Indian journal of veterinary science and animal husbandry - Volumes 26-27, 1956-1957
Year: 1956
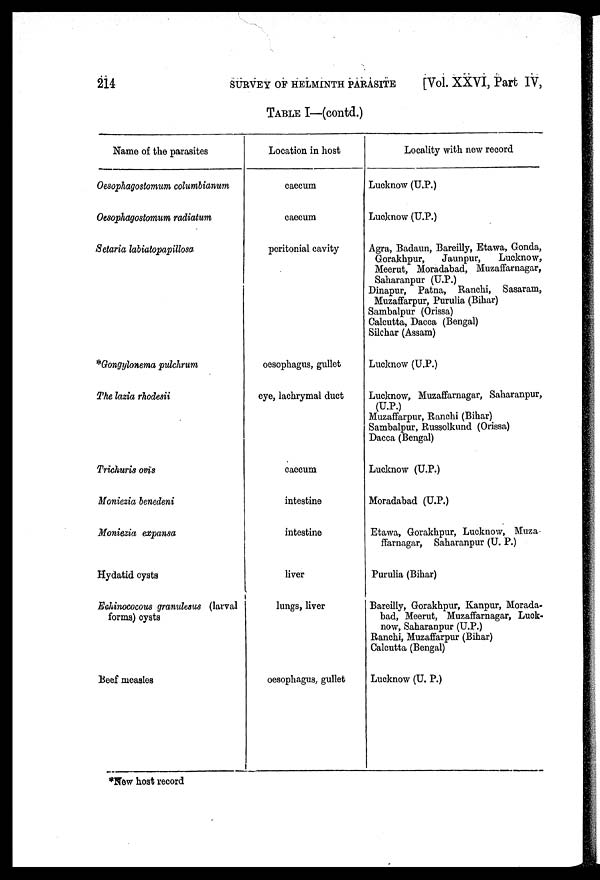
214
SURVEY OF HELMINTH PARASITE
[Vol. XXVI, Part IV,
TABLE I—(contd.)
Name of the parasites
Oesophagostomum columbianum
Oesophagostomum radiatum
Setaria labiatopapillosa
*Gongylonema pulchrum
The lazia rhodesii
Trichuris ovis
Moniezia benedeni
Moniezia expansa
Hydatid cysts
Echinococous granulesus (larval
forms) cysts
Beef measles
Location in host
caecum
caecum
peritonial cavity
oesophagus, gullet
eye, lachrymal duct
caecum
intestine
intestine
liver
lungs, liver
oesophagus, gullet
Locality with new record
Lucknow (U.P.)
Lucknow (U.P.)
Agra, Badaun, Bareilly, Etawa, Gonda,
Gorakhpur,
Jaunpur,
Lucknow,
Meerut, Moradabad, Muzaffarnagar,
Saharanpur (U.P.)
Dinapur, Patna, Ranchi, Sasaram,
Muzaffarpur, Purulia (Bihar)
Sambalpur (Orissa)
Calcutta, Dacca (Bengal)
Silchar (Assam)
Lucknow (U.P.)
Lucknow, Muzaffarnagar, Saharanpur,
(U.P.)
Muzaffarpur, Ranchi (Bihar)
Sambalpur, Russolkund (Orissa)
Dacca (Bengal)
Lucknow (U.P.)
Moradabad (U.P.)
Etawa, Gorakhpur, Lucknow, Muza
ffarnagar, Saharanpur (U. P.)
Purulia (Bihar)
Bareilly, Gorakhpur, Kanpur, Morada-
bad, Meerut, Muzaffarnagar, Luck-
now, Saharanpur (U.P.)
Ranchi, Muzaffarpur (Bihar)
Calcutta (Bengal)
Lucknow (U. P.)
*New host record